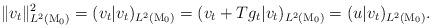
LaTeX: \begin{align*}\|v_t\|_{L^2(\mathrm{M}_0)}^2=(v_t|v_t)_{L^2(\mathrm{M}_0)}=(v_t+Tg_t|v_t)_{L^2(\mathrm{M}_0)}=(u|v_t)_{L^2(\mathrm{M}_0)}.\end{align*}